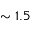
\sim 1 . 5